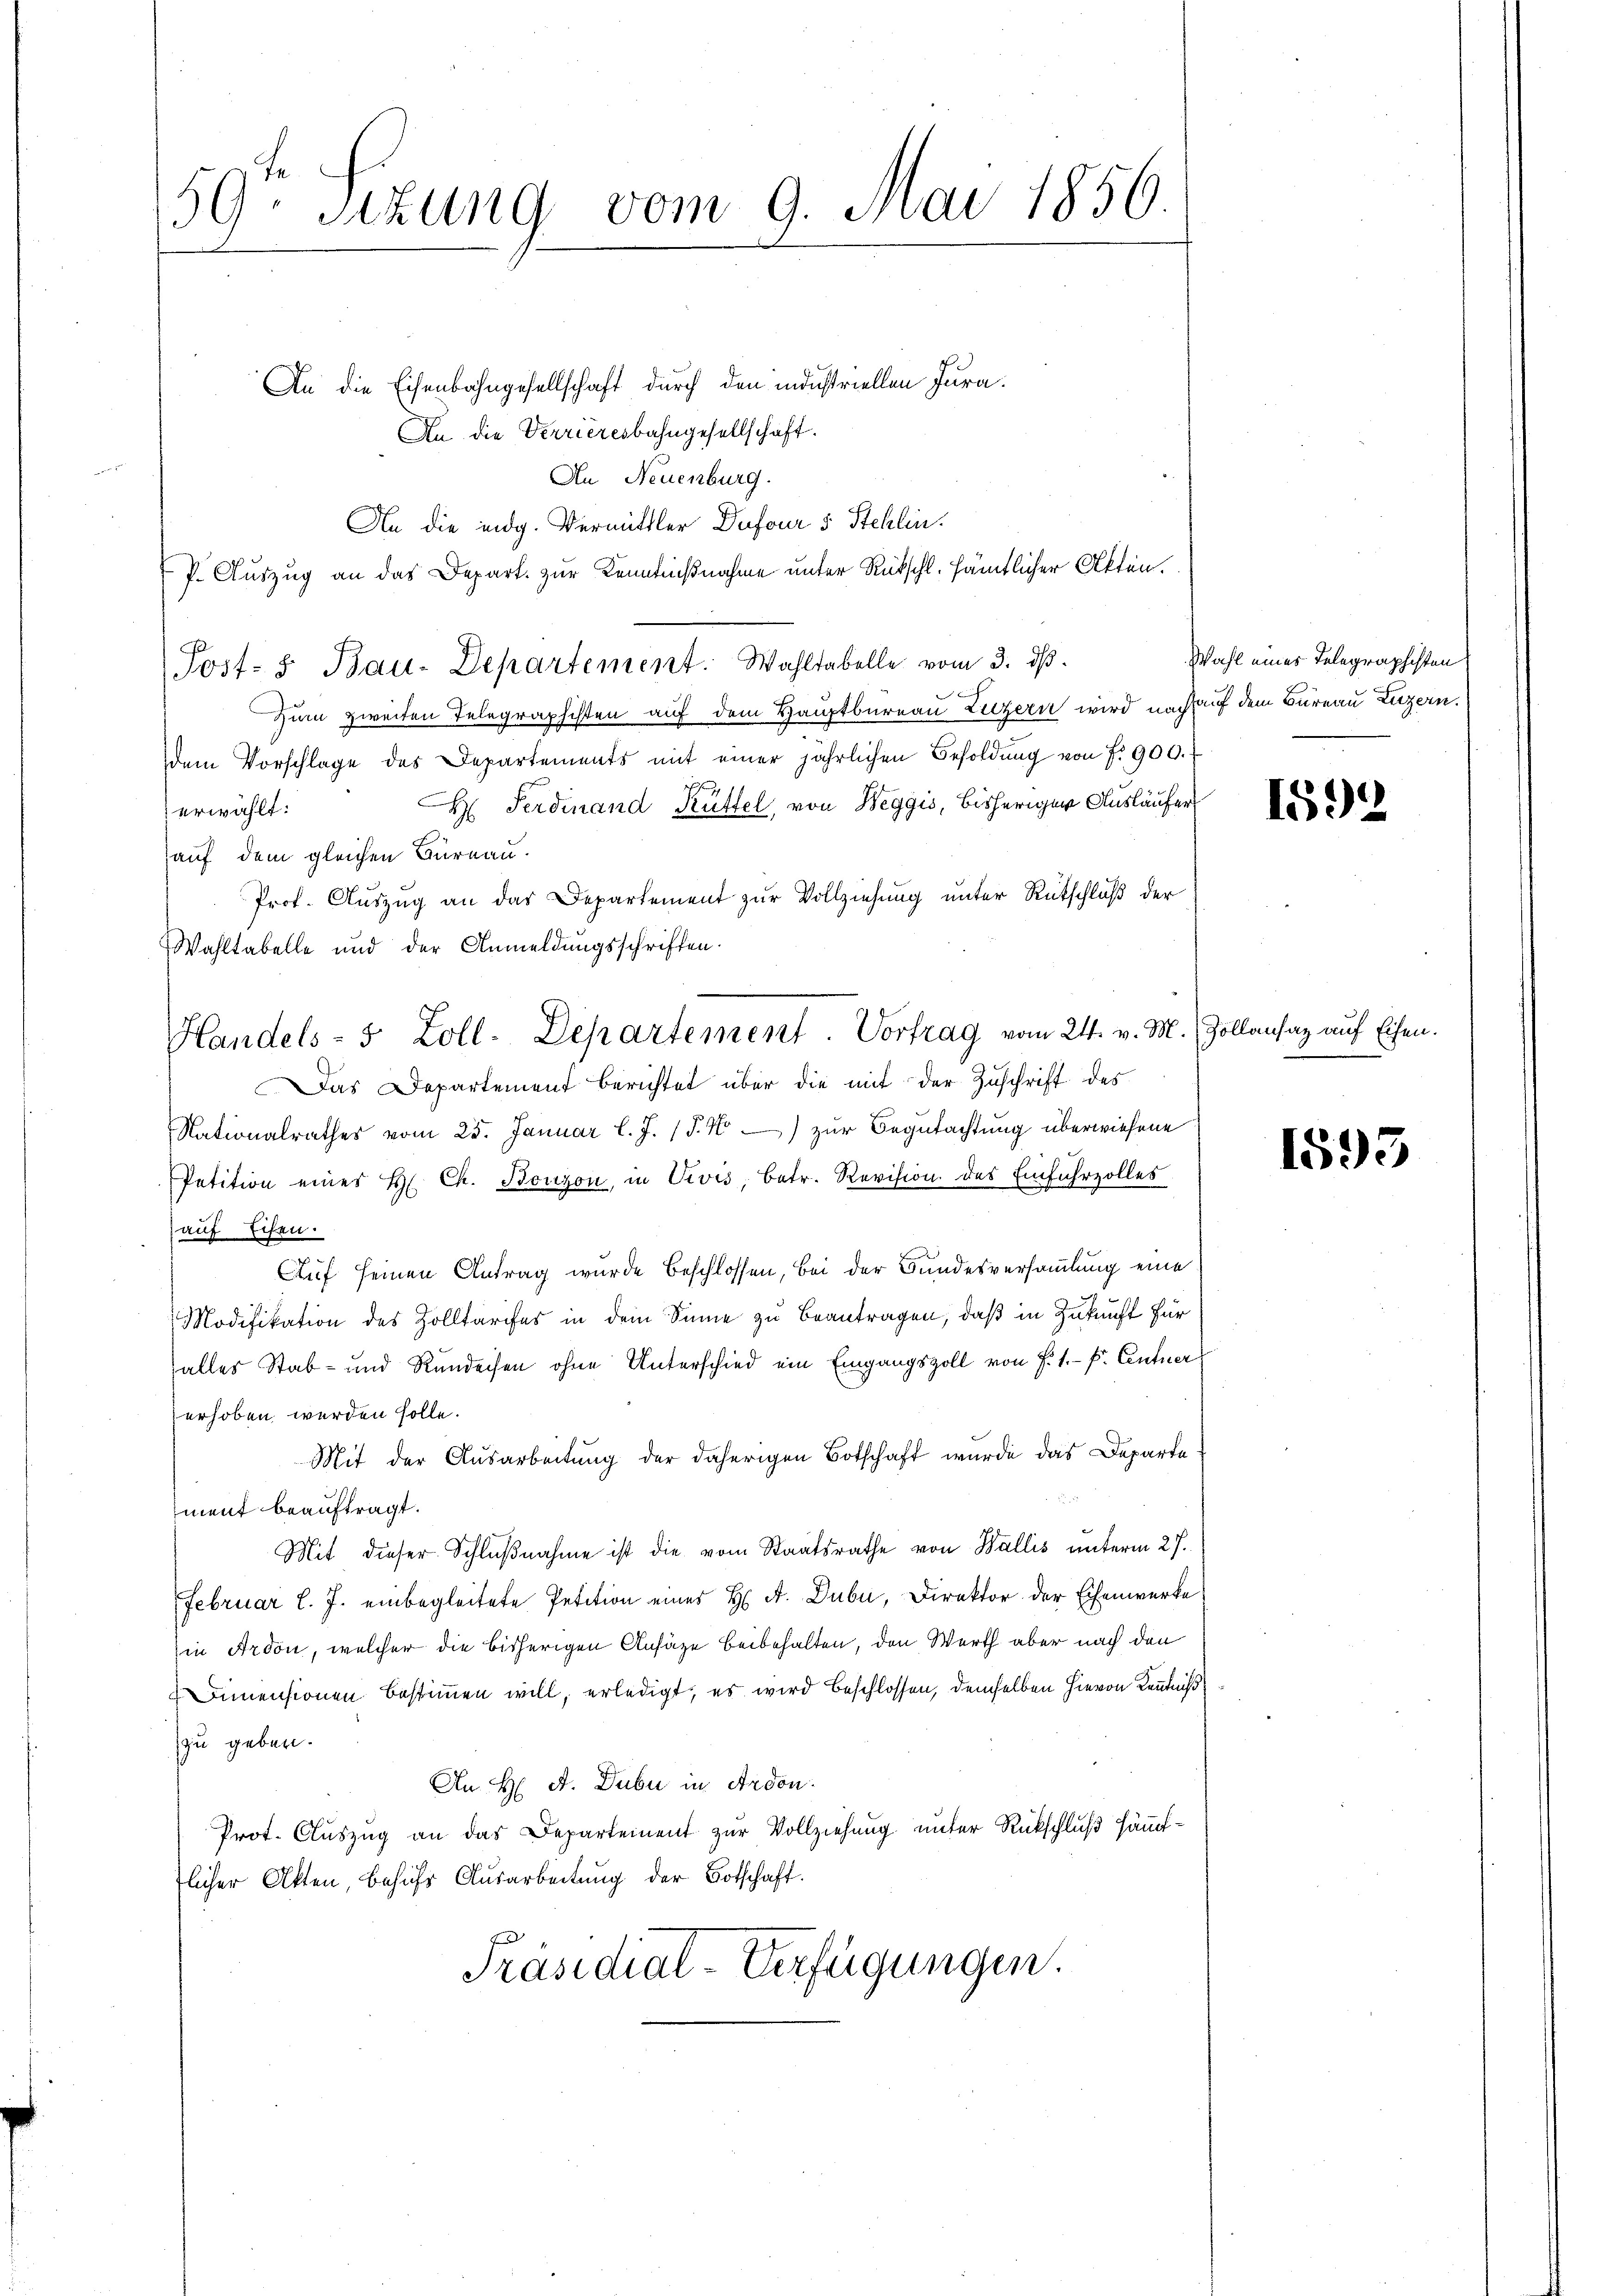
59te Sizung vom 9. Mai 1856.

An die Eisenbahngesellschaft durch den industriellen Jura.
An die Verrieresbahngesellschaft.
An Neuenburg.
An die eidg. Vermittler Dufour 5 Stehlin.
P. Auszug an das Depart. zur Kenntnißnahme unter Rütschl. sämtlicher Akten.
Post- u. Bau-Departement. Wahltabelle vom 3. ds.
Zum zweiten Telegraphisten auf dem Hauptbureau Luzern wird nach auf dem Bureau Luzern.
dem Vorschlage des Departements mit einer jährlichen Besoldung von f. 900.
s
H. Ferdinand Rüttel, von Weggis, bisheriger Ausläufer
erwählt:
auf dem gleichen Büreau.
Prof. Auszug an das Departement zur Vollziehung unter Rutschluß der
Wahltabelle und der Anmeldungsschriften.
Handels- 5 Zoll-Departement. Vortrag vom 24. v. M. Zollantag auf Eisen.
Das Departement berichtet über die mit der Zuschrift des
Nationalrathes vom 25. Januar l. J. (T. 4) zur Begutachtung überwiesene
Petition eines H. Ch. Bonzon, in Vivis, betr. Revision des Einfuhrzolles
auf Eisen.
Auf seinen Antrag wurde Beschlossen, bei der Bundesversammlung eine
Modifikation des Zolltarifes in dem Sinne zu beantragen, daß in Zukunft für
alles Stab- und Rundeisen ohne Unterschied ein Eingangszoll von F. 1.- P. Centner
erhoben werden solle.
Mit der Ausarbeitung der daherigen Botschaft wurde das Departe
ment beauftragt.
Mit dieser Schlußnahme ist die vom Staatsrathe von Wallis unterm 27.
Februar l. J. einbegleitete Petition eines H. A. Dubi, Direktor der Eisenwerke
in Ardon, welcher die bisherigen Ansätze beibehalten, den Werth aber nach den
Dimensionen bestimmen will, erledigt, es wird beschlossen, demselben hievon Kenntniß
zu geben.
An H. A. Dubi in Ardon.
Prot. Auszug an das Departement zur Vollziehung unter Rückschluß sämtlicher Akten, behufs Ausarbeitung der Botschaft.
Präsidial-Verfügungen.

Wahl eines Telegraphisten

1592

1593